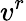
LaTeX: v^{r}